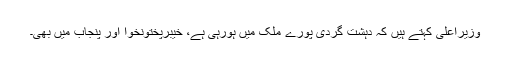
وزیراعلیٰ کہتے ہیں کہ دہشت گردی پورے ملک میں ہورہی ہے، خیبرپختونخوا اور پنجاب میں بھی۔